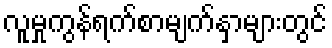
လူမှုကွန်ရက်စာမျက်နှာများတွင်